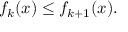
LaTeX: f _ { k } ( x ) \leq f _ { k + 1 } ( x ) .